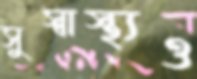
সুস্বাস্থ্যও